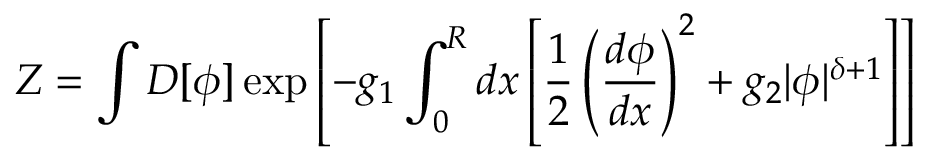
Z = \int { \cal { D } } [ \phi ] \exp \left[ - g _ { 1 } \int _ { 0 } ^ { R } d x \left[ \frac { 1 } { 2 } \left( \frac { d \phi } { d x } \right) ^ { 2 } + g _ { 2 } \vert \phi \vert ^ { \delta + 1 } \right] \right]